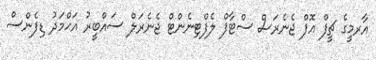
އާރމީގެ ޗީފް އޮފް ޖެނެރަސް ސްޓާފް ލެފްޓިނެންޓް ޖެނެރަލް ސައްބީރު އަޙްމަދު ޑިފެންސް